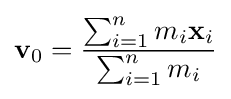
\mathbf {v} _{0}={\frac {\sum _{i=1}^{n}m_{i}\mathbf {x} _{i}}{\sum _{i=1}^{n}m_{i}}}